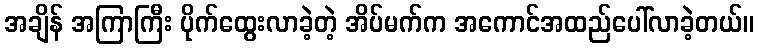
အချိန် အကြာကြီး ပိုက်ထွေးလာခဲ့တဲ့ အိပ်မက်က အကောင်အထည်ပေါ်လာခဲ့တယ်။